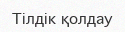
Тілдік қолдау